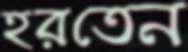
হরতেন